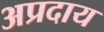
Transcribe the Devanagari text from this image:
अप्रदाय